画像に写った文字を読んでください
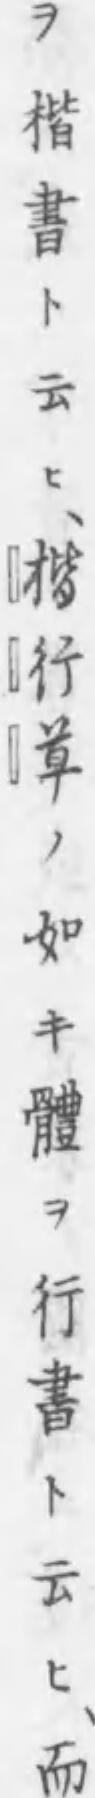
「ヲ楷書ト云ヒ、楷行草ノ如キ體ヲ行書ト云ヒ、而」と書いてあります